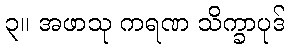
၃။ အဖာသု ကရဏ သိက္ခာပုဒ်